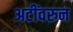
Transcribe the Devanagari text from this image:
अटींवरुन